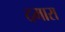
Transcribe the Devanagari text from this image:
दमारा